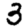
Digit: 3